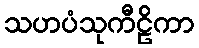
သဟပံသုကီဠိကာ